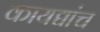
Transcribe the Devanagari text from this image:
कायद्यांच